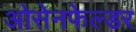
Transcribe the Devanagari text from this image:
ओसेनफेल्डर